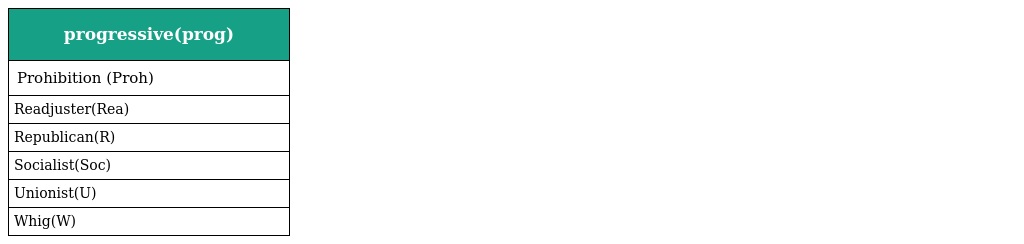
| progressive(prog) |
 | --- |
 | Prohibition (Proh) |
 | Readjuster(Rea) |
 | Republican(R) |
 | Socialist(Soc) |
 | Unionist(U) |
 | Whig(W) |